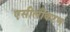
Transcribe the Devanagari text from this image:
एसीलीकरण